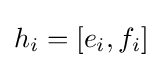
h_{i}=[e_{i},f_{i}]